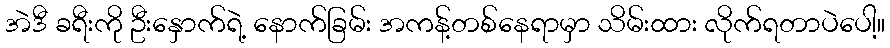
အဲဒီ ခရီးကို ဦးနှောက်ရဲ့ နောက်ခြမ်း အကန့်တစ်နေရာမှာ သိမ်းထား လိုက်ရတာပဲပေါ့။